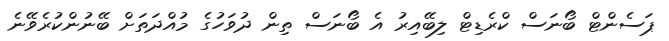
ޕަސެންޓް ބޯނަސް ކްރެޑިޓް ލިބޭއިރު އެ ބޯނަސް ތިން ދުވަހުގެ މުއްދަތަށް ބޭނުންކުރެވޭނެ